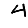
Digit: 4